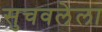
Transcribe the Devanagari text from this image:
सुचवलेला